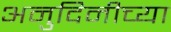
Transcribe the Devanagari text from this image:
अनुदिनीच्या